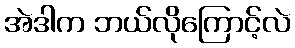
အဲဒါက ဘယ်လိုကြောင့်လဲ